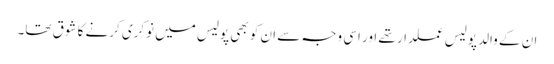
ان کے والد پولیس عملدار تھے اور اسی وجہ سے ان کو بھی پولیس میں نوکری کرنے کا شوق تھا۔